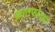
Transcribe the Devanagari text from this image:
कातफोडया